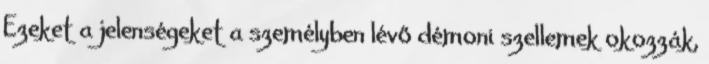
Ezeket a jelenségeket a személyben lévő démoni szellemek okozzák,